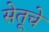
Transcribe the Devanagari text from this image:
सेतूचे